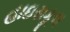
હાઇસકૂલ